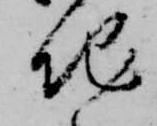
地